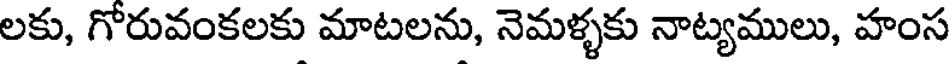
లకు, గోరువంకలకు మాటలను, నెమళ్ళకు నాట్యములు, హంస